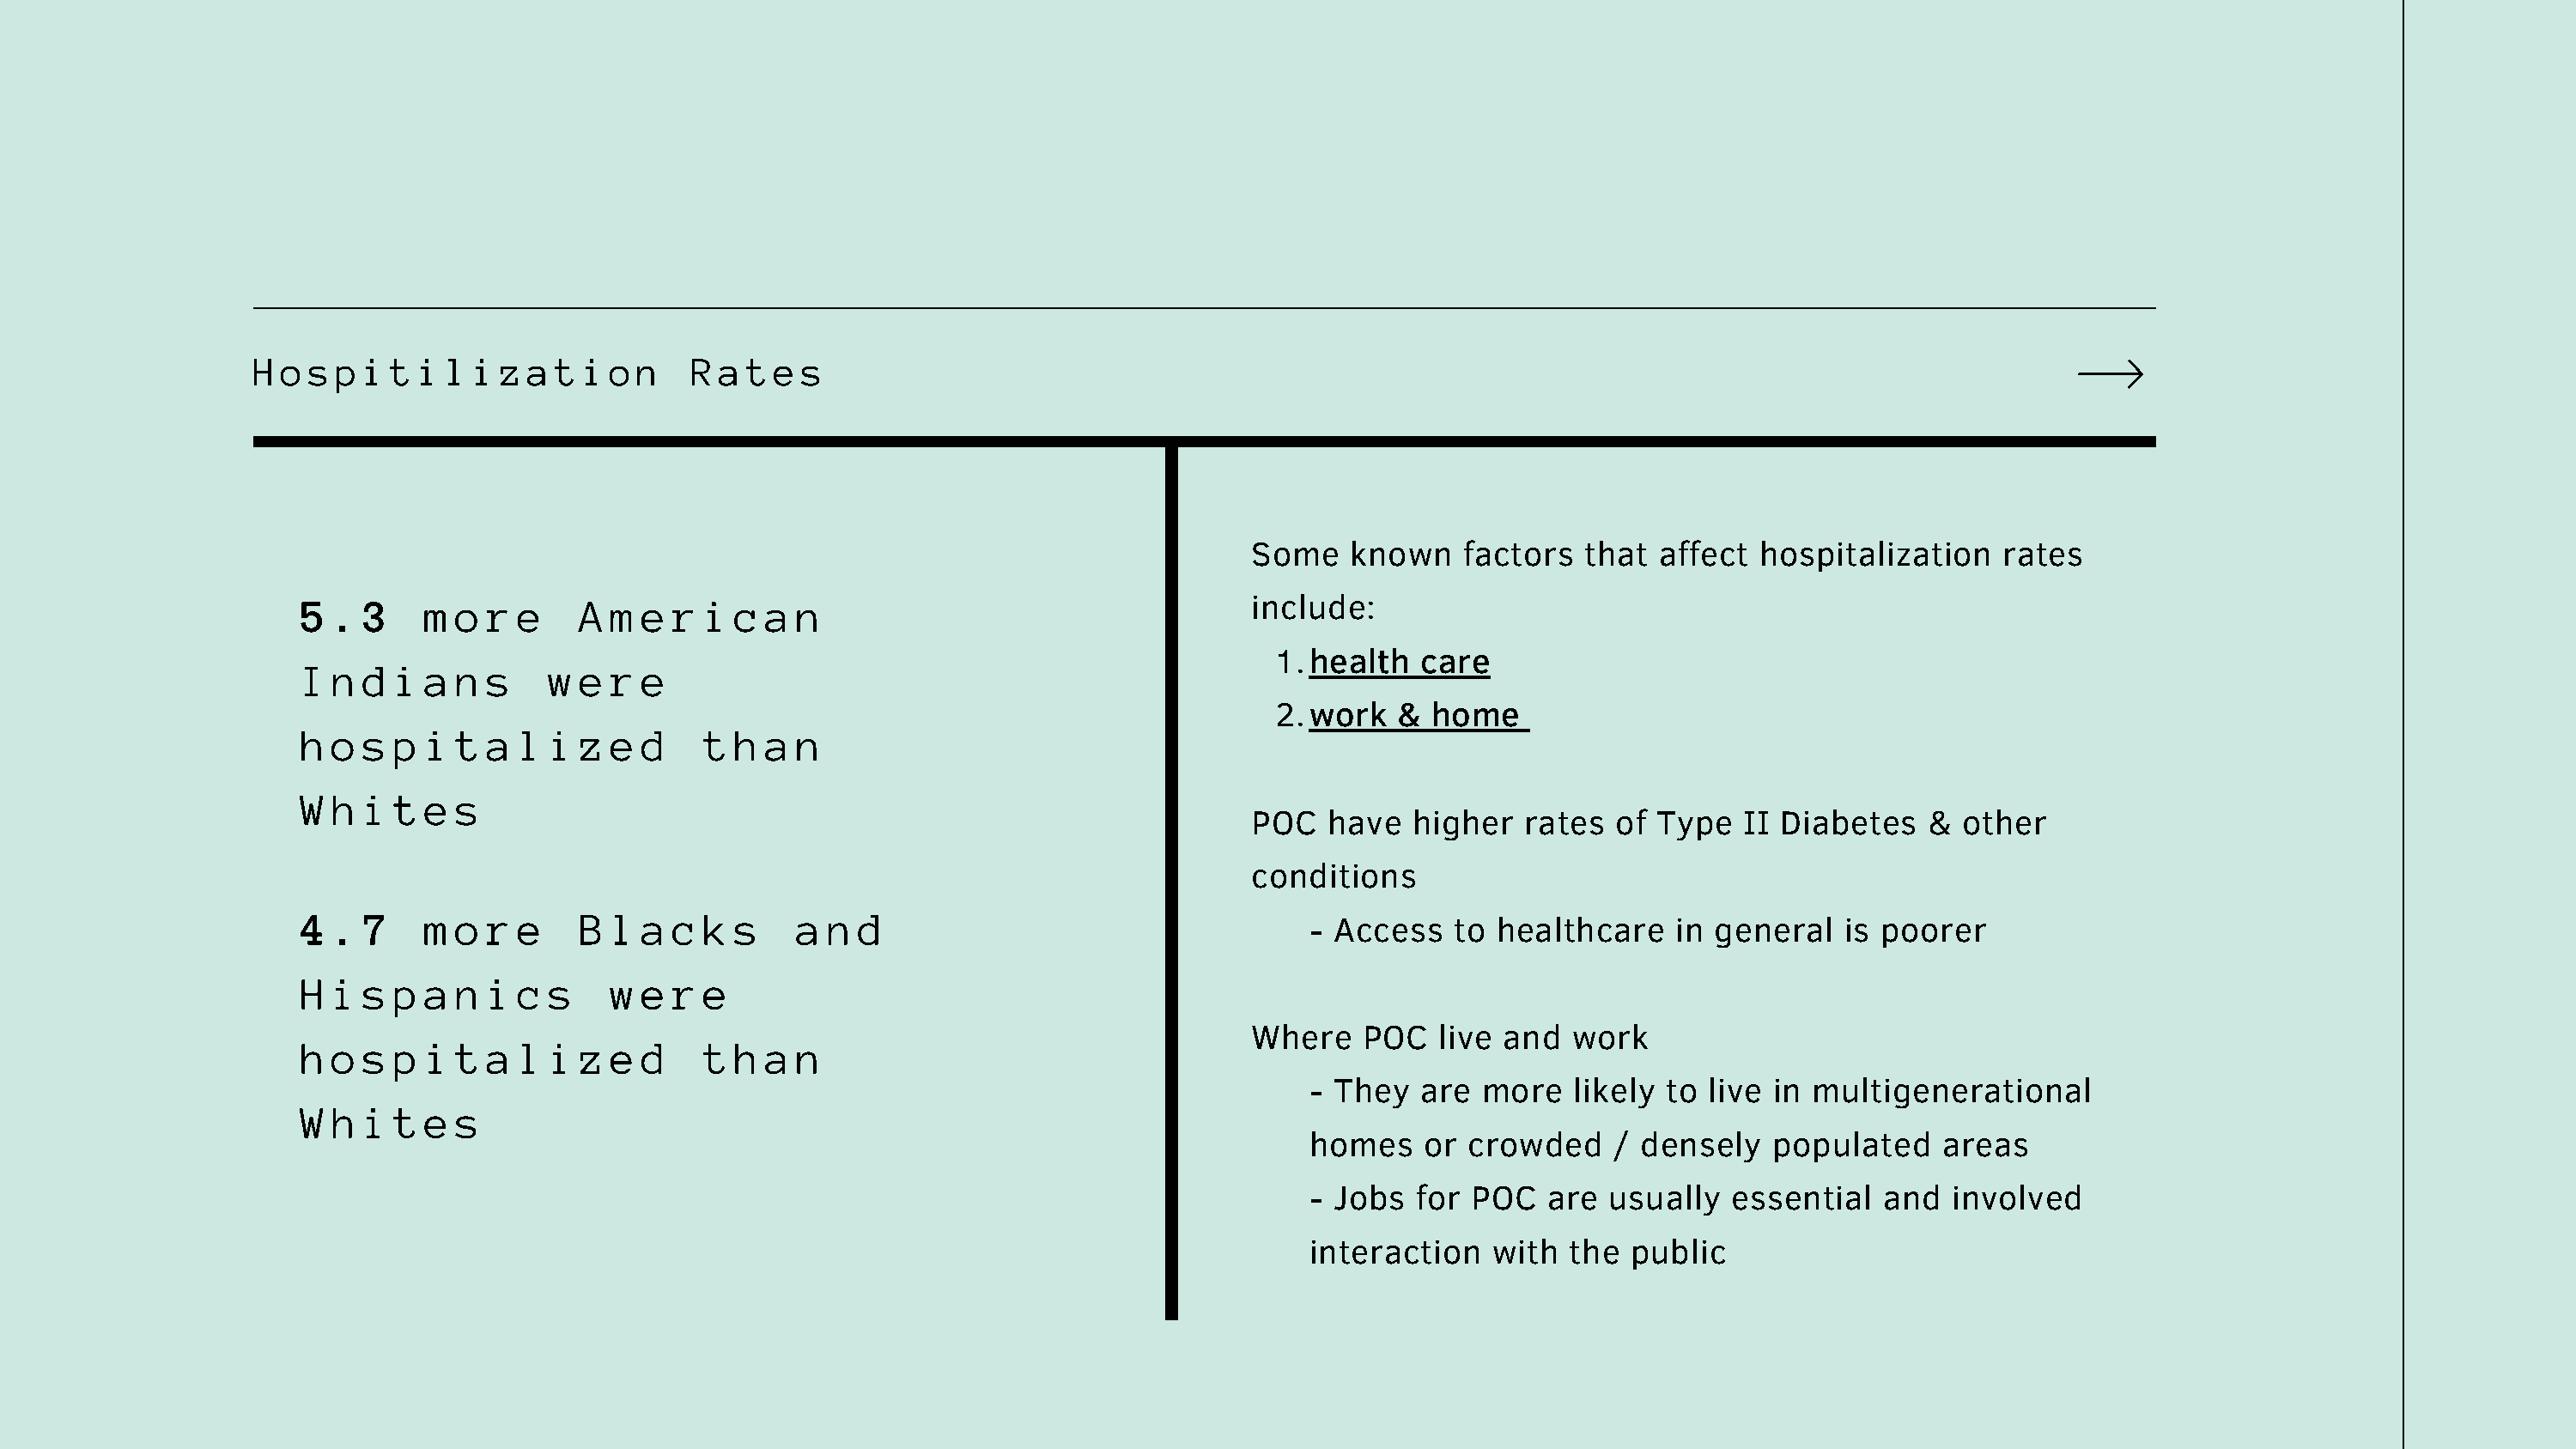
Hospitilization                  Rates
 Some    known    factors  that  affect  hospitalization   rates
 5  . 3    m o  r e    A m e  r i  c a n                                  include:
 1.health    care
 I  n d i  a n  s   w  e r e
 2.work    & home
 h  o s p  i t  a l i  z e d    t  h a n
 W  h i t  e s
 POC   have   higher   rates  of Type  II Diabetes    & other
 conditions
 4  . 7    m o  r e    B l a  c k  s   a  n d
 - Access   to healthcare    in general   is poorer
 H  i s p  a n  i c s    w e  r e
 Where    POC   live and  work
 h  o s p  i t  a l i  z e d    t  h a n
 - They  are  more   likely to  live in multigenerational
 W  h i t  e s
 homes    or crowded    / densely    populated    areas
 - Jobs  for POC   are  usually  essential   and  involved
 interaction   with  the  public